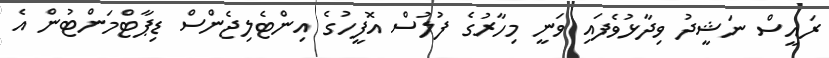
ރައީސް ނަޝީދު ވިދާޅުވެފައި ވަނީ މިހާރުގެ ފުލުސް އޮފީހުގެ އިންޓެލިޖެންސް ޑިޕާޓްމަންޓުން އެ